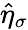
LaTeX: \hat{\eta}_{\sigma}